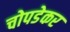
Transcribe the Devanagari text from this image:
चोपडेकर